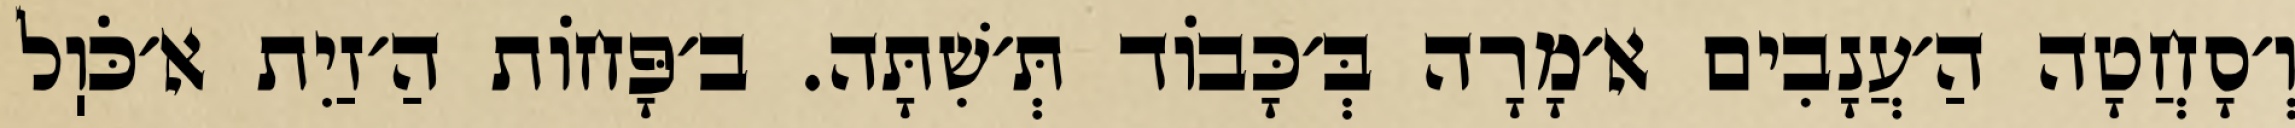
וְ׳סָחֲטָה הַ׳עֲנָבִים א׳מָרָה בְּ׳כָּבוֹד תְּ׳שִׁתָּה. ב׳פָּחוֹת הַ׳זַיִת א׳כֹּוֽל